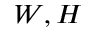
W , H